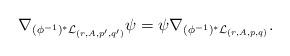
LaTeX: \begin{align*}\nabla_{(\phi ^{-1})^*\mathcal{L}_{(r,A,p',q')}}\psi =\psi \nabla_{(\phi ^{-1})^*\mathcal{L}_{(r,A,p,q)}}. \end{align*}